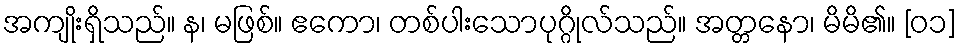
အကျိုးရှိသည်။ န၊ မဖြစ်။ ဧကော၊ တစ်ပါးသောပုဂ္ဂိုလ်သည်။ အတ္တနော၊ မိမိ၏။ [၀၁]